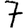
Digit: 7